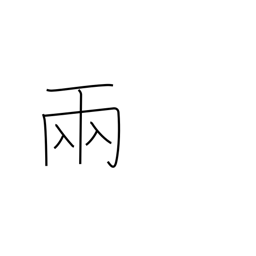
Meaning: counter for vehicles